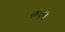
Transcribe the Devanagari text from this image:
७०३५